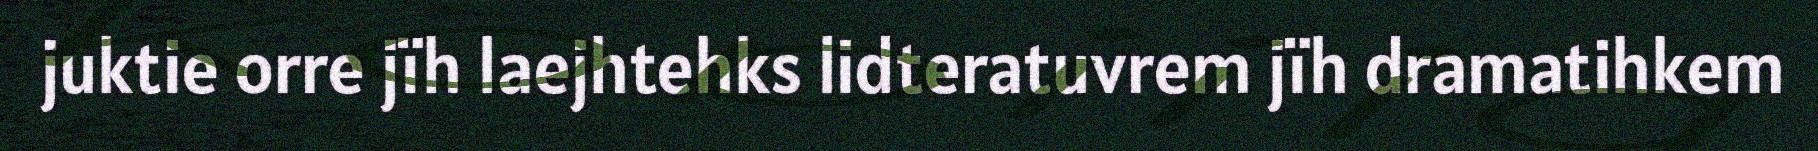
juktie orre jïh laejhtehks lidteratuvrem jïh dramatihkem